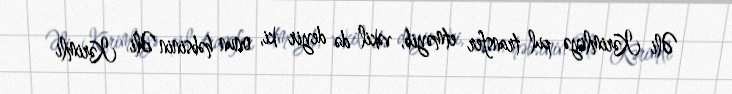
Əli Kərimliyə pul transfer etməyib, vəkil də deyir ki, onun həbsinin Əli Kərimli